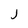
Character: j